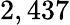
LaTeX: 2,437